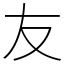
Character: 友